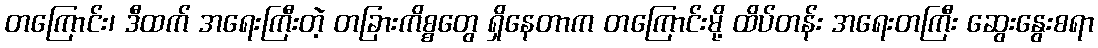
တကြောင်း၊ ဒီထက် အရေးကြီးတဲ့ တခြားကိစ္စတွေ ရှိနေတာက တကြောင်းမို့ ထိပ်တန်း အရေးတကြီး ဆွေးနွေးစရာ